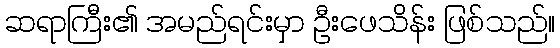
ဆရာကြီး၏ အမည်ရင်းမှာ ဦးဖေသိန်း ဖြစ်သည်။